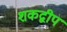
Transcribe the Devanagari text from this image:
शकद्वीप